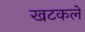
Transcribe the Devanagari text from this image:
खटकले